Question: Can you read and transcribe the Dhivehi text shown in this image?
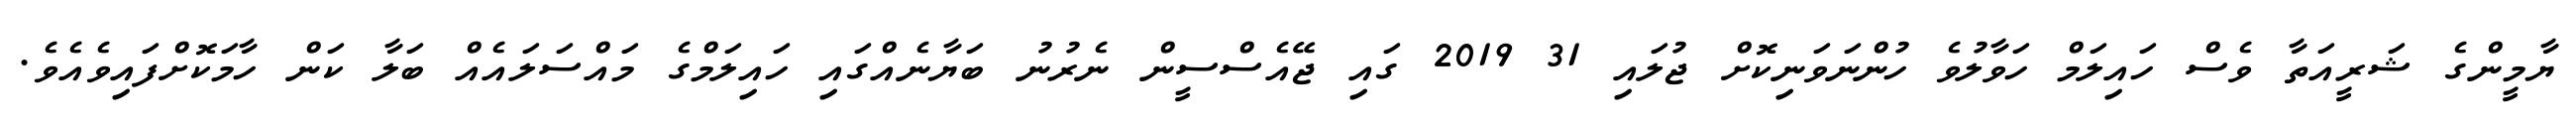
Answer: ޔާމީންގެ ޝަރީއަތާ ވެސް ހައިލަމް ހަވާލުވެ ހުންނަވަނިކޮށް ޖުލައި 31 2019 ގައި ޖޭއެސްސީން ނެރުނު ބަޔާނެއްގައި ހައިލަމްގެ މައްސަލައެއް ބަލާ ކަން ހާމަކޮށްފައިވެއެވެ.